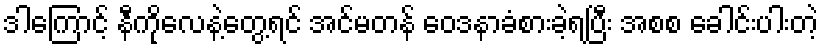
ဒါကြောင့် နီကိုလေနဲ့တွေ့ရင် အင်မတန် ဝေဒနာခံစားခဲ့ရပြီး အစစ ခေါင်းပါးတဲ့